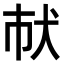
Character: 𤜲